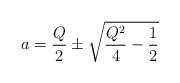
LaTeX: \begin{align*}a=\frac{Q}{2}\pm \sqrt{\frac{Q^2}{4}-\frac{1}{2}}\end{align*}